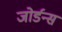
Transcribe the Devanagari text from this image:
जोर्डन्स